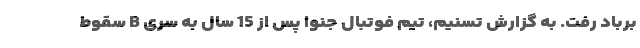
برباد رفت. به گزارش تسنیم، تیم فوتبال جنوا پس از 15 سال به سری B سقوط